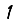
Digit: 1